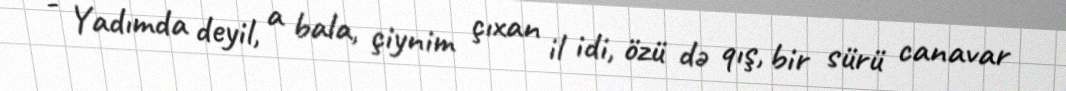
- Yadımda deyil, a bala, çiynim çıxan il idi, özü də qış, bir sürü canavar